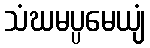
သံဃမပ္ပမေယျံ